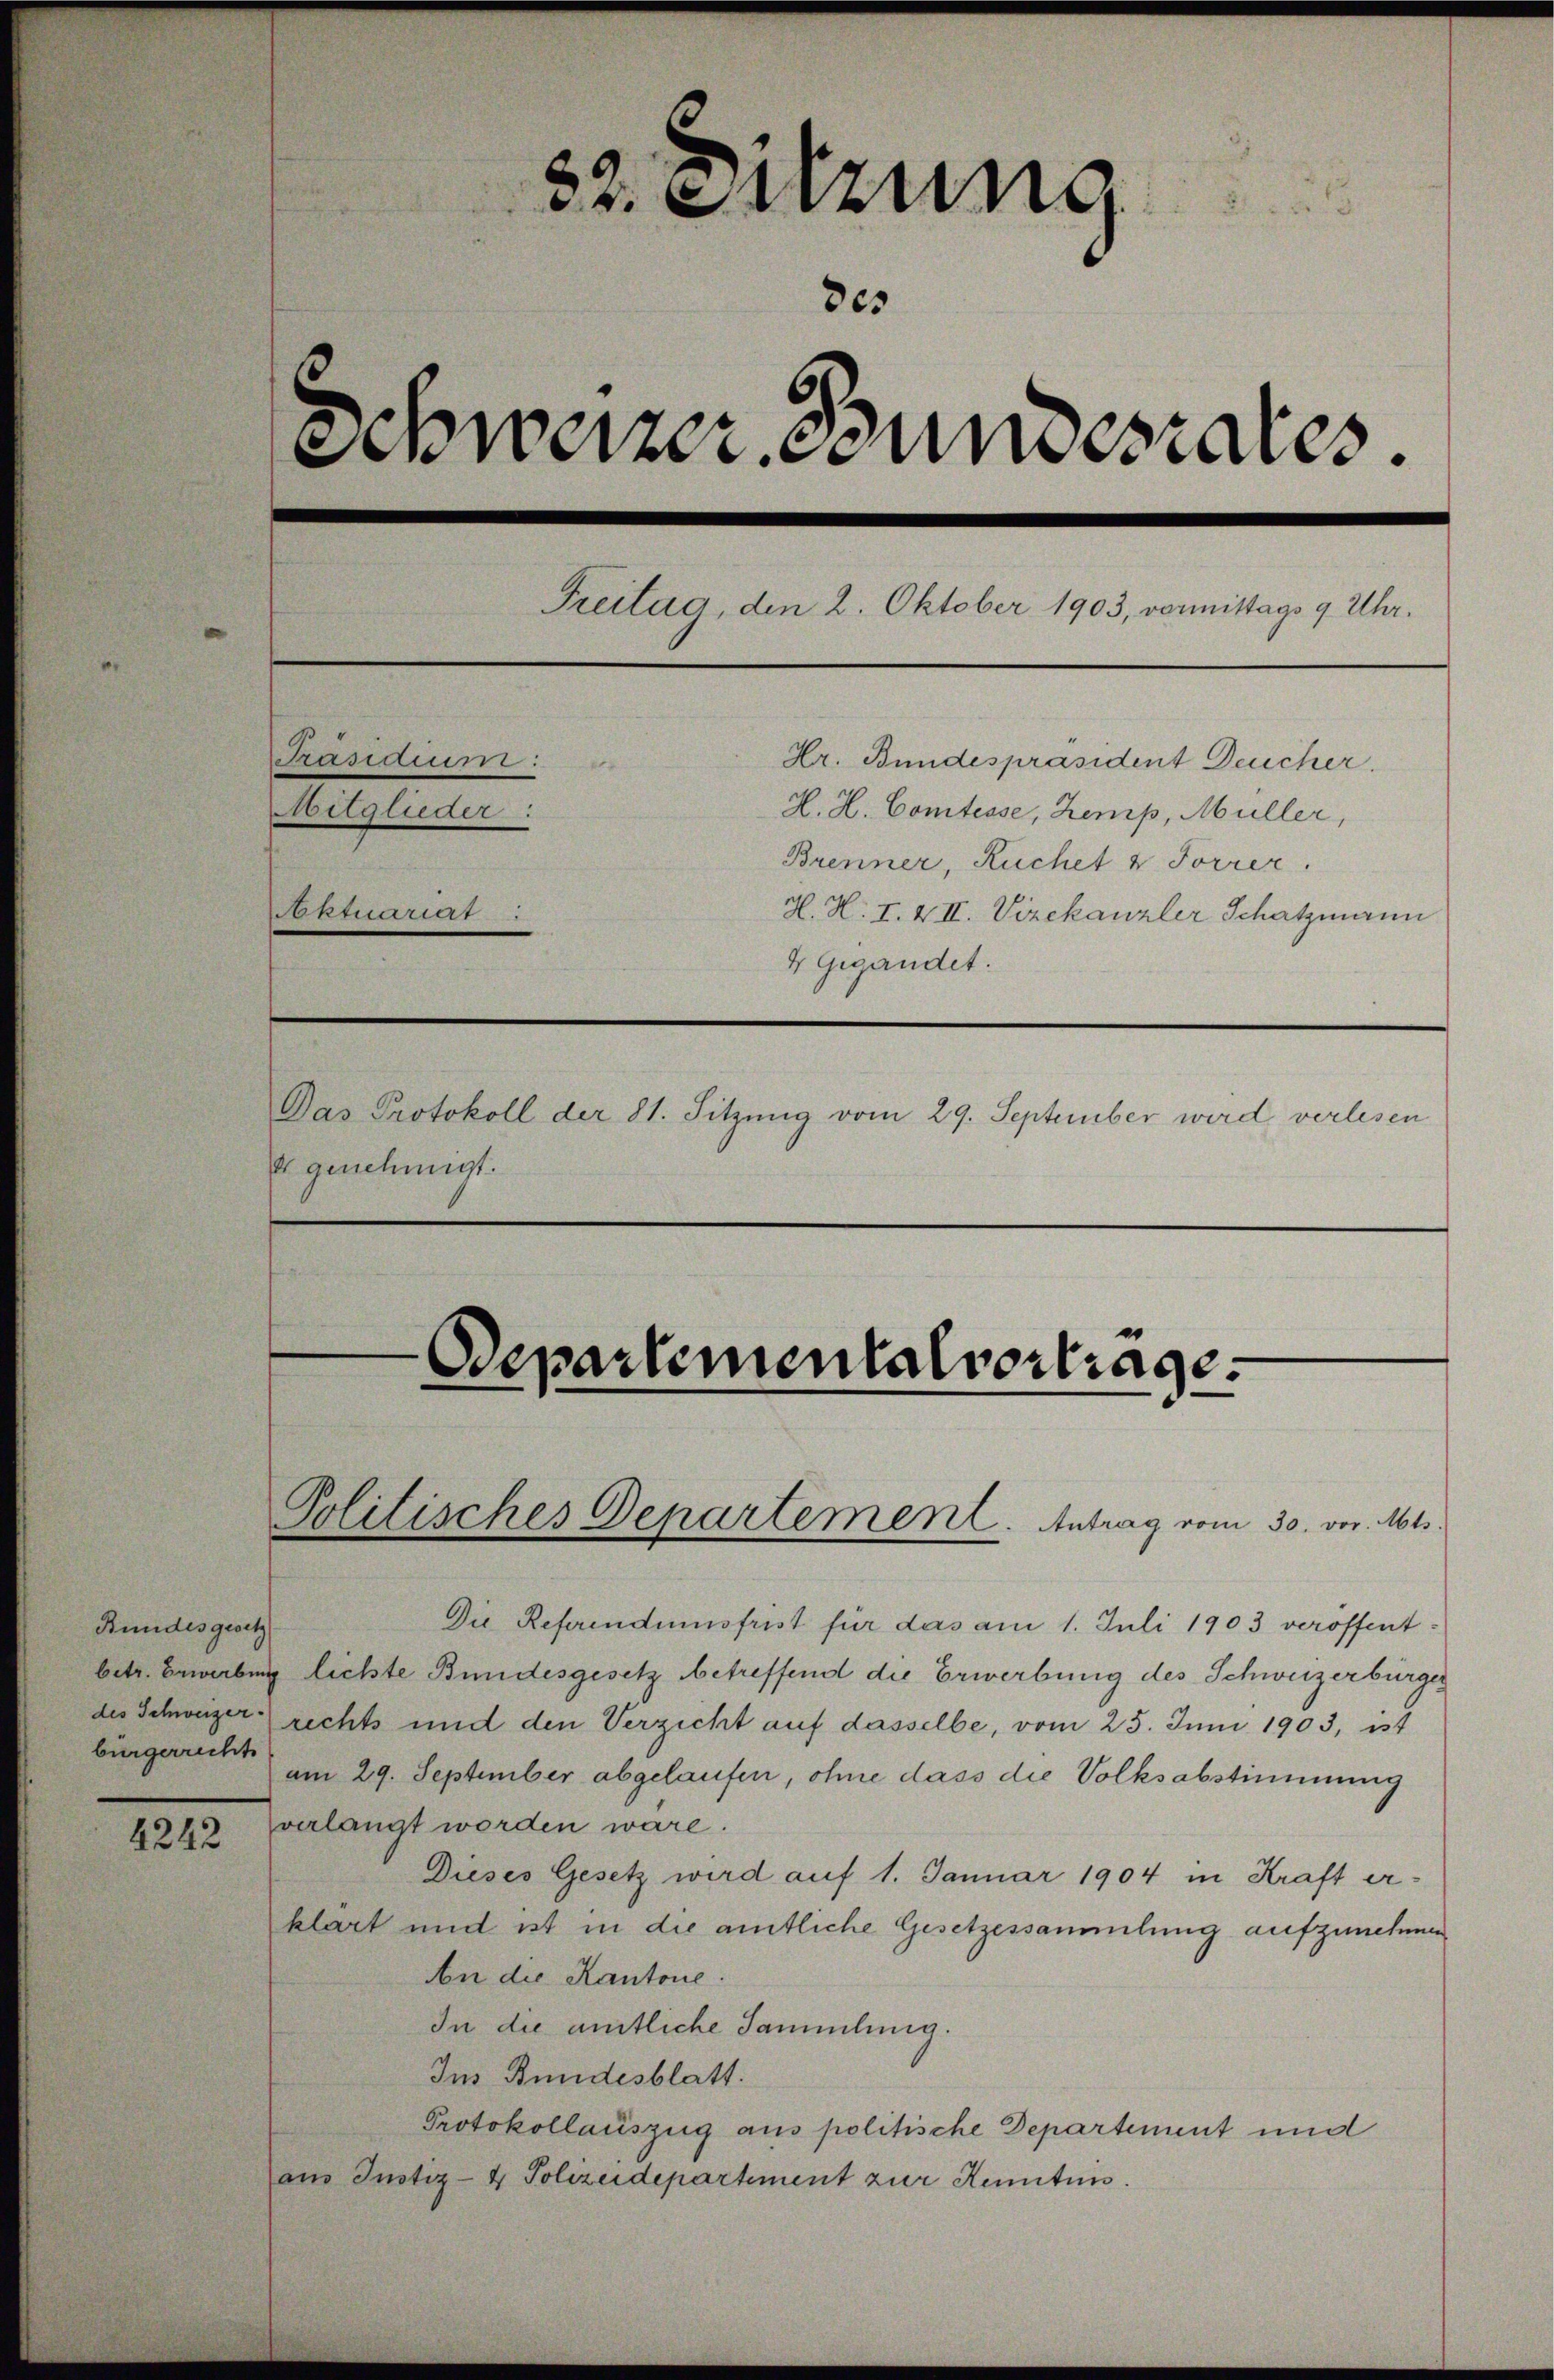
Bundesgesetz
bürgerrecht

4242

32. Setzung
a
8es
Schweizer Bundesrates.

Treitag, den 2. Oktober 1903, vermittags 9 Uhr.
Pasdium:
Hr. Bundespräsident Deucher.
Mitglieder:
H. H. Comtesse, Zemp, Müller,
Brenner, Ruchet v Forrer.
oktuartier
H. H. I. & II. Vizekanzler Schatzmann
4 Gegendet.
Das Protokoll der 81. Sitzung vom 29. September wird verlesen
e genehmigt.

Politisches Departement. Antrag vom 30. vor. Mts.

Departemental vortrage.

Die Referendumsfrist für das am 1. Juli 1903 veröffentbetr. Erwerbung lichte Bundesgesetz betreffend die Erwerbung des Schweizerbürger
des Schweizer rechts und den Verzicht auf dasselbe, vom 25. Juni 1903, ist
am 29. September abgelaufen, ohne dass die Volksabstimmung
verlangt worden wäre.
Dieses Gesetz wird auf 1. Januar 1904 in Kraft erklärt und ist in die amtliche Gesetzessammlung aufzunehmen,
An die Kantone.
In die amtliche Sammlung.
Ins Bundesblatt.
Protokollauszug aus politische Departement und
aus Justiz- & Polizeidepartement zur Kennten.